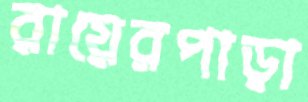
রায়েরপাড়া